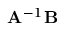
\mathbf { A } ^ { - 1 } \mathbf { B }